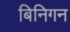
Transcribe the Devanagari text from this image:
बिनिगन